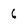
Character: 6